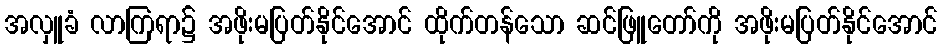
အလှူခံ လာကြရာ၌ အဖိုးမပြတ်နိုင်အောင် ထိုက်တန်သော ဆင်ဖြူတော်ကို အဖိုးမပြတ်နိုင်အောင်